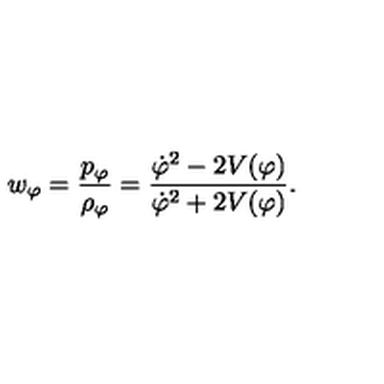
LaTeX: w _ { \varphi } = \frac { p _ { \varphi } } { { \rho } _ { \varphi } } = \frac { { \dot { \varphi } } ^ { 2 } - 2 V ( \varphi ) } { { \dot { \varphi } } ^ { 2 } + 2 V ( \varphi ) } .